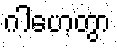
ဂါဟေတွာ